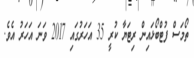
ތޯމަސް ފުޓްބޯޅައިން ރިޓަޔާ ކުރީ 35 އަހަރުގައި 2017 ވަނަ އަހަރު އެވެ.